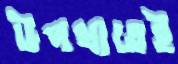
উপখাতেই